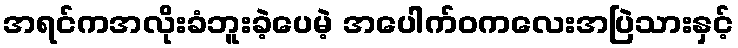
အရင်ကအလိုးခံဘူးခဲ့ပေမဲ့ အပေါက်ဝကလေးအပြဲသားနှင့်